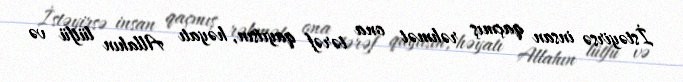
İstəyirsə insan qaçmış rəhmət ona tərəf qayıtsın, həyatı Allahın lütfü və